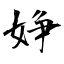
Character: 婙